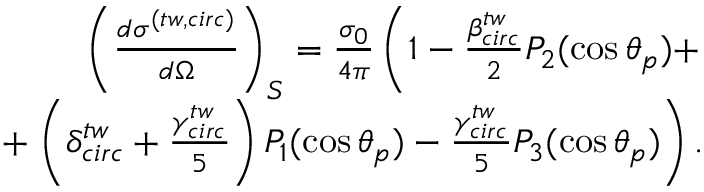
\begin{array} { r } { \left( \frac { d \sigma ^ { ( t w , c i r c ) } } { d \Omega } \right) _ { S } = \frac { \sigma _ { 0 } } { 4 \pi } \left( 1 - \frac { \beta _ { c i r c } ^ { t w } } { 2 } P _ { 2 } ( \cos \theta _ { p } ) + \right. } \\ { + \left. \left( \delta _ { c i r c } ^ { t w } + \frac { \gamma _ { c i r c } ^ { t w } } { 5 } \right) P _ { 1 } ( \cos \theta _ { p } ) - \frac { \gamma _ { c i r c } ^ { t w } } { 5 } P _ { 3 } ( \cos \theta _ { p } ) \right) . } \end{array}